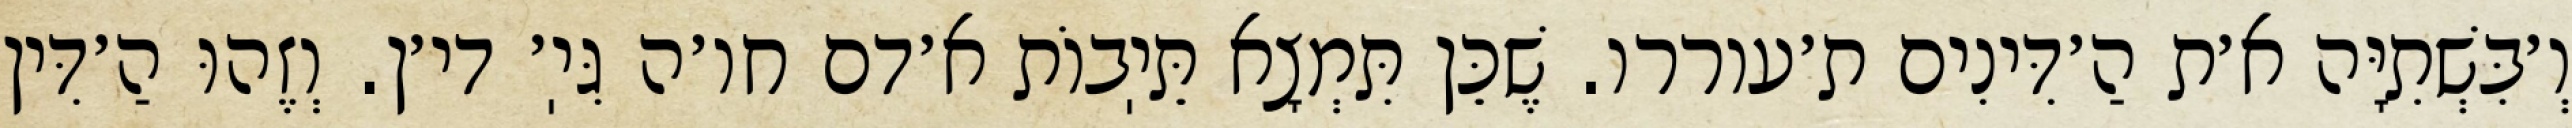
וְ׳בִּשְׁתִיָּה א׳ת הַ׳דִּינִים ת׳עוררו. שֶׁכֵּן תִּמְצָא תֵּיֽבוֹת א׳דם חו׳ה גִּיֽ׳ די׳ן. וְזֶהוּ הַ׳דִּין